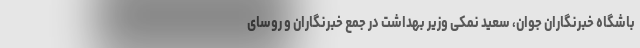
باشگاه خبرنگاران جوان، سعید نمکی وزیر بهداشت در جمع خبرنگاران و روسای